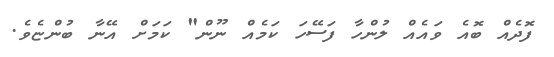
ފޮދެއް ބޮއެ ވައެއް ލުންހާ ފަސޭހަ ކަމެއް ނޫން" ކަމަށް އޭނާ ބުންޏެވެ.